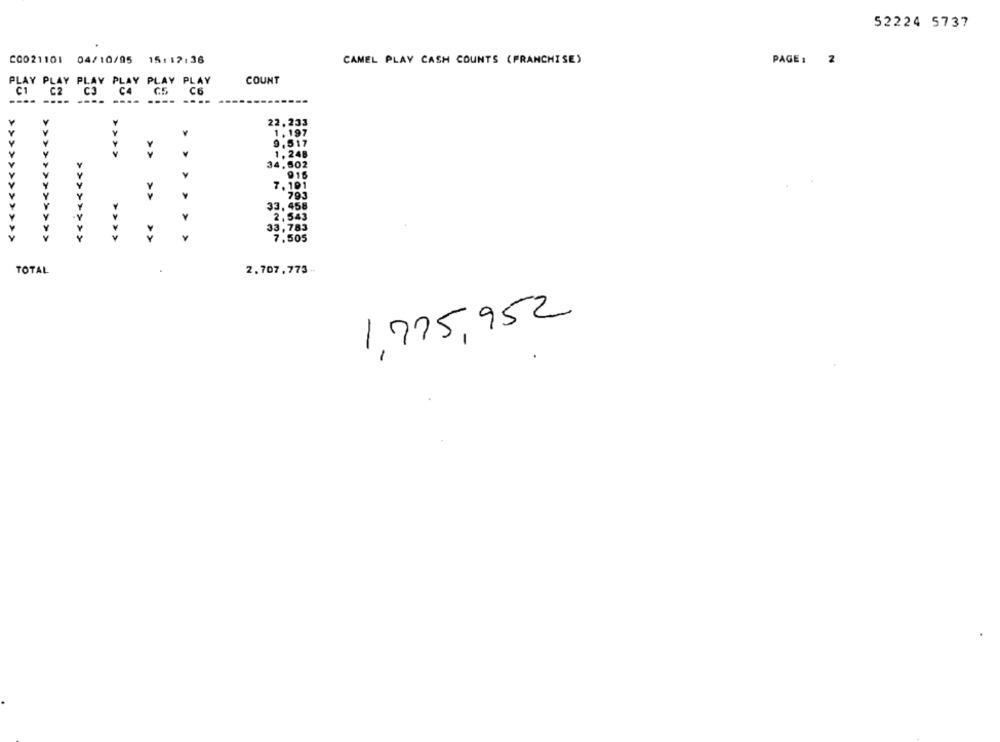
52224 5737
CAMEL PLAY CASH COUNTS (FRANCHISE)
PAGE: 2
C0021101 04/10/95 15:17:36
PLAY PLAY PLAY PLAY PLAY PLAY
COUNT
C1 C2 C3
----
---- ----
22,233
1. 197
9.517
>>>>
> >
1.248
34,502
V
916
7,101
<<<<
79.3
>>
33,458
2,543
33,783
>>
Y
7.505
TOTAL
2.707,773
1,775,952